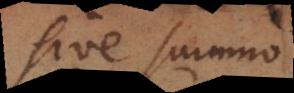
sive summo